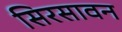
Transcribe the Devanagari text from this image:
सिरसावन